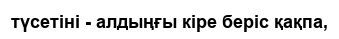
түсетіні - алдыңғы кіре беріс қақпа,